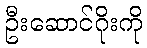
ဦးဆောင်ဂိုးကို